Document type: Sale
Year: 1440
Scribe: Pere Pau Pujades
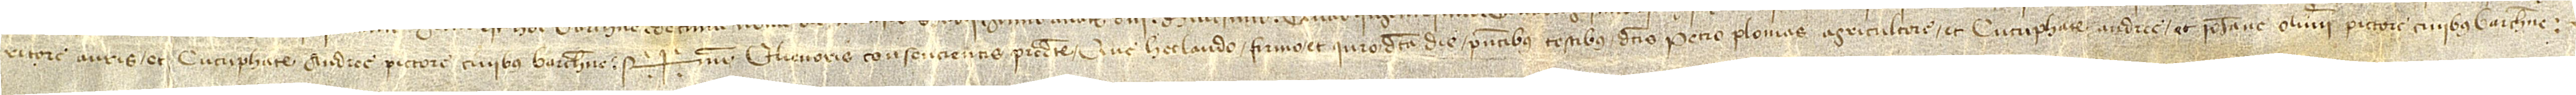
ritore auris, et Cucuphate Andree, pictore, civibus Barchinone. Sig+num Elienoris, consencientis predicte, qui hec laudo, firmo et iuro dicta die, presentibus testibus dictis Petro Plomas, agricultore, et Cucuphate Andree et Iohanne Oliverii, pictore(s), civibus Barchinone.